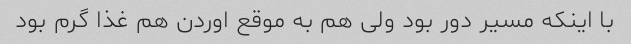
با اینکه مسیر دور بود ولی هم به موقع اوردن هم غذا گرم بود